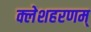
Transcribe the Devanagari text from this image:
क्लेशहरणम्